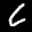
Label: 6